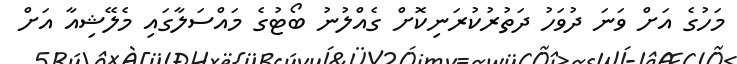
މަހުގެ އަށް ވަނަ ދުވަހު ދަތުރުކުރަނިކޮށް ގެއްލުނު ބޯޓުގެ މައްސަލާގައި މެލޭޝިއާ އަށް